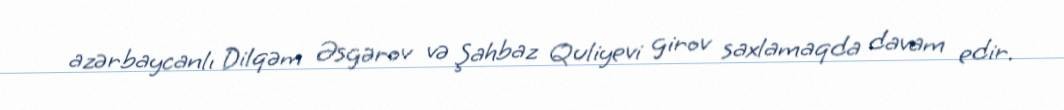
azərbaycanlı Dilqəm Əsgərov və Şahbaz Quliyevi girov saxlamaqda davam edir.